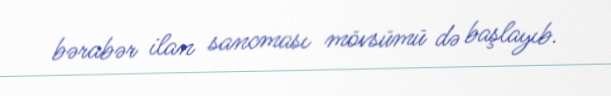
bərabər ilan sancması mövsümü də başlayıb.